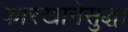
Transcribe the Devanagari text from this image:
कारखानेसुद्धा